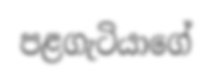
පළගැටියාගේ